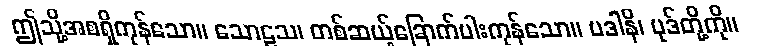
ဤသို့အစရှိကုန်သော။ သောဠသ၊ တစ်ဆယ့်ခြောက်ပါးကုန်သော။ ပဒါနိ၊ ပုဒ်တို့ကို။